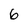
Character: 6